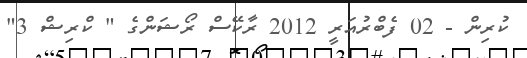
ކުރިން - 02 ފެބްރުއަރީ 2012 ރާކޭސް ރޯޝަންގެ " ކްރިޝް 3"